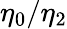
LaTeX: \eta_{0}/\eta_{2}